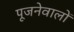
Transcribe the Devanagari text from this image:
पूजनेवालों